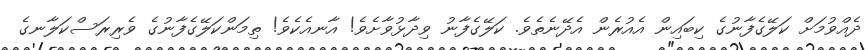
ދެއްވުމަށް ކަލޭގެފާނުގެ ކިބައިން އެއުރެން އެދޭނެތެވެ. ކަލޭގެފާނު ވިދާޅުވާށެވެ! އާނއެކެވެ! ތިމަންކަލޭގެފާނުގެ ވެރިރަސްކަލާނގެ